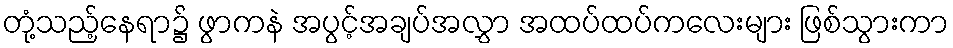
တုံ့သည့်နေရာ၌ ဖွာကနဲ အပွင့်အချပ်အလွှာ အထပ်ထပ်ကလေးများ ဖြစ်သွားကာ